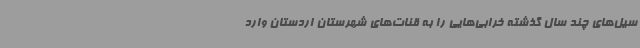
سیل‌های چند سال گذشته خرابی‌هایی را به قنات‌های شهرستان اردستان وارد